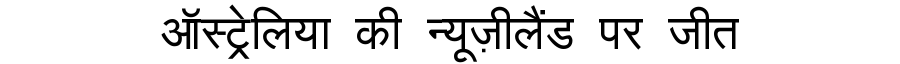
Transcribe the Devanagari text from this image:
ऑस्ट्रेलिया की न्यूज़ीलैंड पर जीत